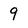
Character: 9